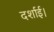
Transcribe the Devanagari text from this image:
दर्शाई।